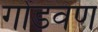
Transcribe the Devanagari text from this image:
गोंडवण